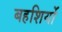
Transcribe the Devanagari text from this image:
बहशियों